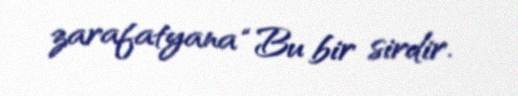
zarafatyana “Bu bir sirdir.